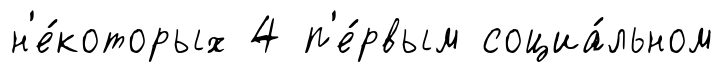
н'е́которых 4 п'е́рвым социа́льном